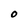
Character: O